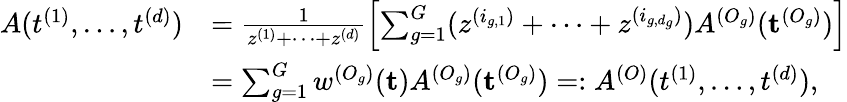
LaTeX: \begin{array}{rl}{A(t^{(1)},\dots,t^{(d)})}&{=\frac{1}{z^{(1)}+\dots+z^{(d)}}\left[\sum_{g=1}^{G}(z^{(i_{g,1})}+\dots+z^{(i_{g,d_{g}})})A^{(O_{g})}(\textbf{t}^{(O_{g})})\right]}\\ &{=\sum_{g=1}^{G}w^{(O_{g})}(\textbf{t})A^{(O_{g})}(\textbf{t}^{(O_{g})})=:A^{(O)}(t^{(1)},\dots,t^{(d)}),}\end{array}